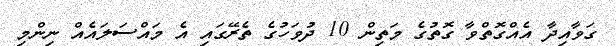
ގަވާއިދާ އެއްގޮތްވާ ގޮތުގެ މަތިން 10 ދުވަހުގެ ތެރޭގައި އެ މައްސަލައެއް ނިންމި